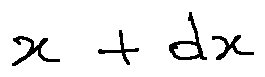
x + d x